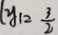
y _ { 1 } = \frac { 3 } { 2 }